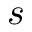
s